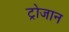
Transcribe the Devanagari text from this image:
ट्रोजान